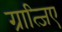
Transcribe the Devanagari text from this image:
ग्रात्जिए